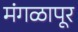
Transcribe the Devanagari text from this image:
मंगळापूर